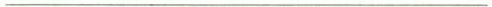
___